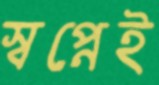
স্বপ্নেই